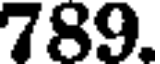
789.